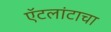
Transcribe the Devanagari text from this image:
ऍटलांटाचा